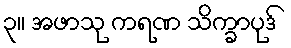
၃။ အဖာသု ကရဏ သိက္ခာပုဒ်